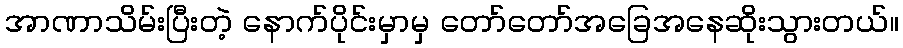
အာဏာသိမ်းပြီးတဲ့ နောက်ပိုင်းမှာမှ တော်တော်အခြေအနေဆိုးသွားတယ်။